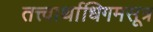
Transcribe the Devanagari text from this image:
तत्त्वार्थाधिगमसूत्र